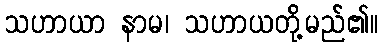
သဟာယာ နာမ၊ သဟာယတို့မည်၏။